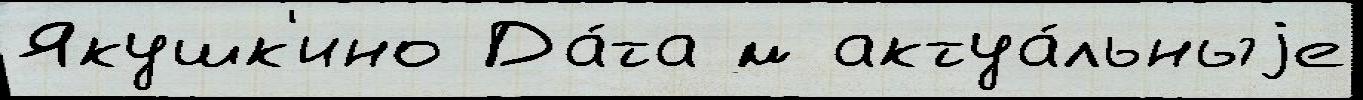
Якушк'ино Да́та м актуа́льныjе